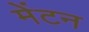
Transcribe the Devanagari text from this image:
मेंटन